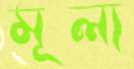
মূল্য